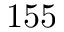
1 5 5